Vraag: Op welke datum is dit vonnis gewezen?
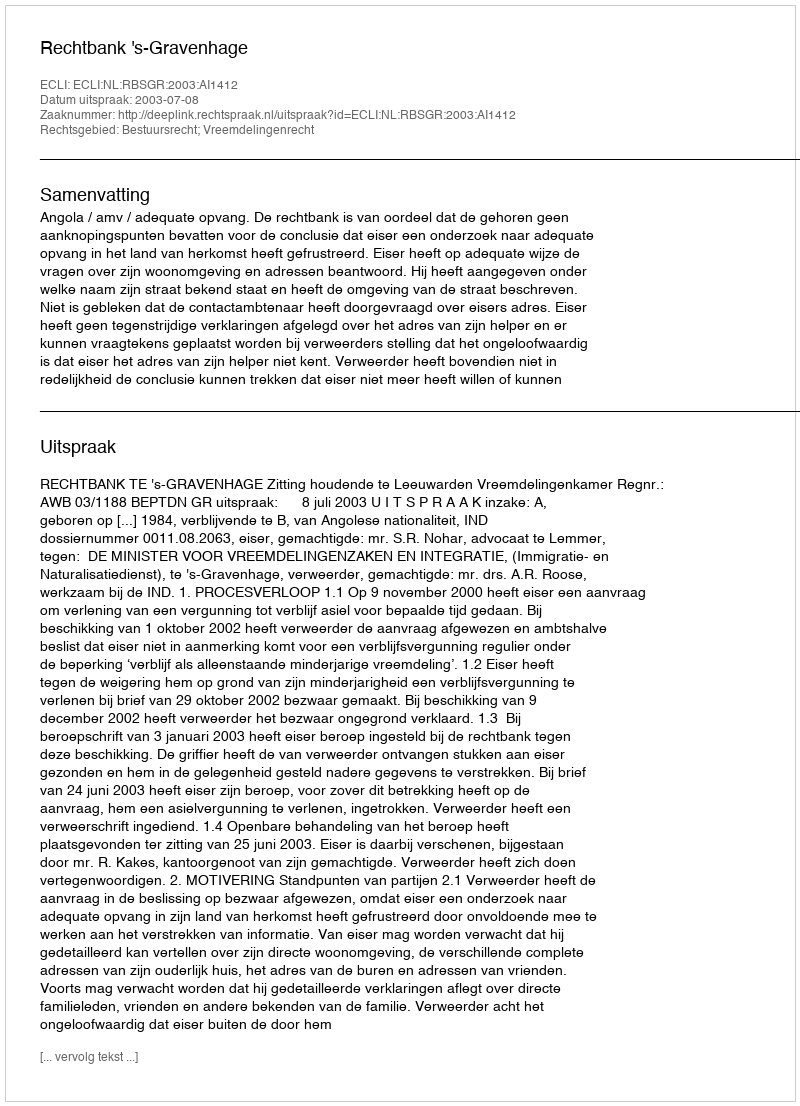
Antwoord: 2003-07-08